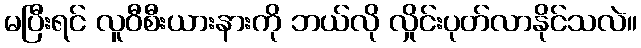
မပြီးရင် လူဝီစီးယားနားကို ဘယ်လို လှိုင်းပုတ်လာနိုင်သလဲ။